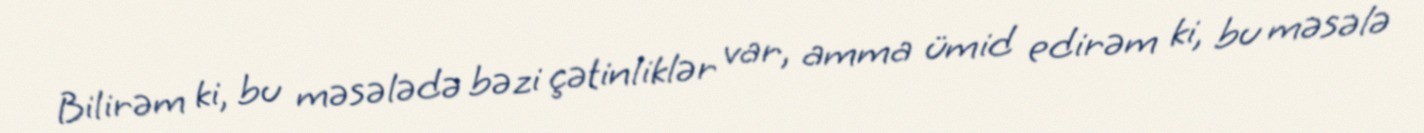
Bilirəm ki, bu məsələdə bəzi çətinliklər var, amma ümid edirəm ki, bu məsələ